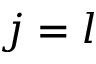
j = l